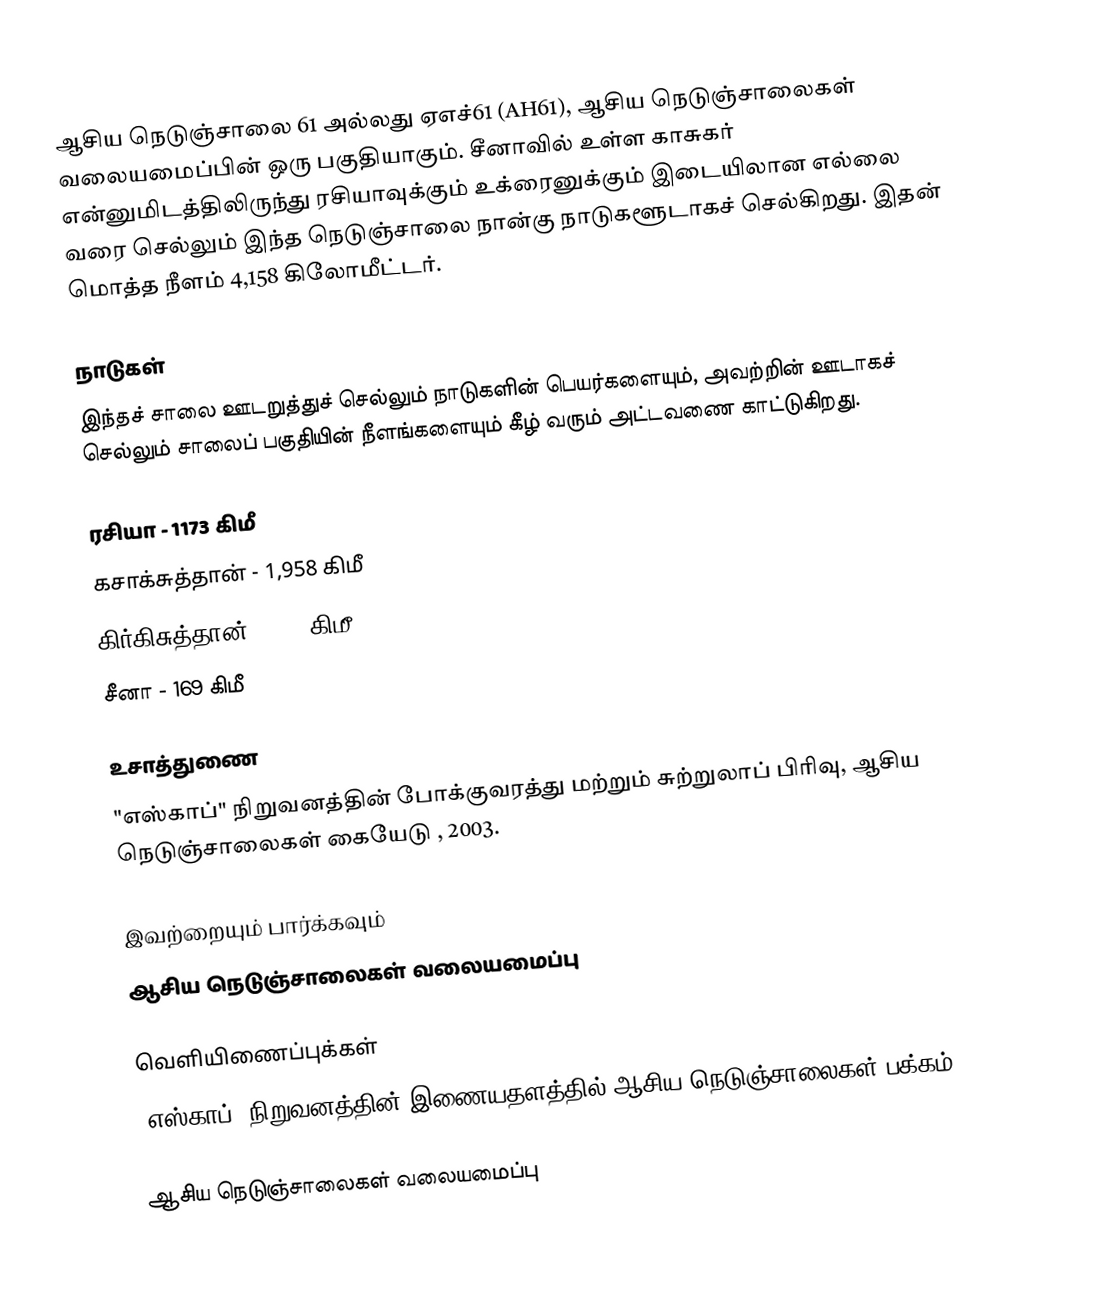
ஆசிய நெடுஞ்சாலை 61 அல்லது ஏஎச்61 (AH61), ஆசிய நெடுஞ்சாலைகள் வலையமைப்பின் ஒரு பகுதியாகும். சீனாவில் உள்ள காசுகர் என்னுமிடத்திலிருந்து ரசியாவுக்கும் உக்ரைனுக்கும் இடையிலான எல்லை வரை செல்லும் இந்த நெடுஞ்சாலை நான்கு நாடுகளூடாகச் செல்கிறது. இதன் மொத்த நீளம் 4,158 கிலோமீட்டர்.

நாடுகள்
இந்தச் சாலை ஊடறுத்துச் செல்லும் நாடுகளின் பெயர்களையும், அவற்றின் ஊடாகச் செல்லும் சாலைப் பகுதியின் நீளங்களையும் கீழ் வரும் அட்டவணை காட்டுகிறது.

 ரசியா - 1173 கிமீ
 கசாக்சுத்தான் - 1,958 கிமீ
 கிர்கிசுத்தான் - 539 கிமீ
 சீனா - 169 கிமீ

உசாத்துணை
 "எஸ்காப்" நிறுவனத்தின் போக்குவரத்து மற்றும் சுற்றுலாப் பிரிவு, ஆசிய நெடுஞ்சாலைகள் கையேடு , 2003.

இவற்றையும் பார்க்கவும்
 ஆசிய நெடுஞ்சாலைகள் வலையமைப்பு

வெளியிணைப்புக்கள்
 "எஸ்காப்" நிறுவனத்தின் இணையதளத்தில் ஆசிய நெடுஞ்சாலைகள் பக்கம்

 ஆசிய நெடுஞ்சாலைகள் வலையமைப்பு